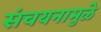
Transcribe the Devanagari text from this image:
संचयनामुळे